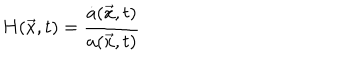
LaTeX: H ( \vec { x } , t ) = \frac { \dot { a } ( \vec { x } , t ) } { a ( \vec { x } , t ) }